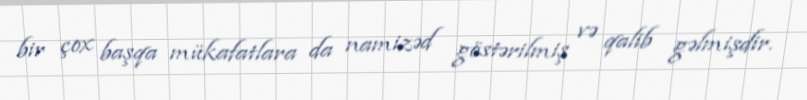
bir çox başqa mükafatlara da namizəd göstərilmiş və qalib gəlmişdir.